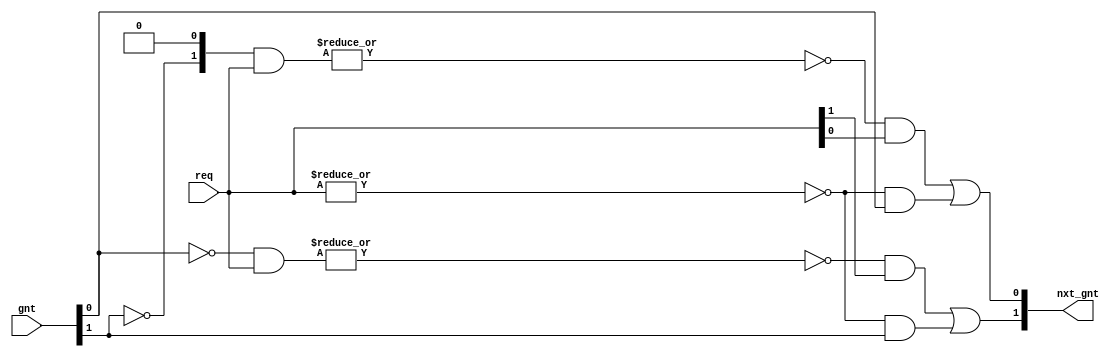
/* Copyright (c) 2013 by the author(s)
 *
 * Permission is hereby granted, free of charge, to any person obtaining a copy
 * of this software and associated documentation files (the "Software"), to deal
 * in the Software without restriction, including without limitation the rights
 * to use, copy, modify, merge, publish, distribute, sublicense, and/or sell
 * copies of the Software, and to permit persons to whom the Software is
 * furnished to do so, subject to the following conditions:
 *
 * The above copyright notice and this permission notice shall be included in
 * all copies or substantial portions of the Software.
 *
 * THE SOFTWARE IS PROVIDED "AS IS", WITHOUT WARRANTY OF ANY KIND, EXPRESS OR
 * IMPLIED, INCLUDING BUT NOT LIMITED TO THE WARRANTIES OF MERCHANTABILITY,
 * FITNESS FOR A PARTICULAR PURPOSE AND NONINFRINGEMENT. IN NO EVENT SHALL THE
 * AUTHORS OR COPYRIGHT HOLDERS BE LIABLE FOR ANY CLAIM, DAMAGES OR OTHER
 * LIABILITY, WHETHER IN AN ACTION OF CONTRACT, TORT OR OTHERWISE, ARISING FROM,
 * OUT OF OR IN CONNECTION WITH THE SOFTWARE OR THE USE OR OTHER DEALINGS IN
 * THE SOFTWARE.
 *
 * =============================================================================
 *
 * This is a round-robin arbiter for N participants, which is a
 * parameter. The arbiter itself contains no register but is purely
 * combinational which allows for various use cases. It simply
 * calculates the next grant (nxt_gnt) based on the current grant
 * (gnt) and the requests (req).
 *
 * That means, the gnt should in general be a register and especially
 * there must be no combinational path from nxt_gnt to gnt!
 *
 * The normal usage is something like registering the gnt from
 * nxt_gnt. Furthermore it is important that the gnt has an initial
 * value which also must be one hot!
 *
 * Author(s):
 *   Stefan Wallentowitz <stefan.wallentowitz@tum.de>
 */

module wb_interconnect_arb_rr(/*AUTOARG*/
   // Outputs
   nxt_gnt,
   // Inputs
   req, gnt
   );

   /* User parameters */
   // Number of participants
   parameter N = 2;

   /* Ports */
   // Request
   input [N-1:0] req;
   // Current grant
   input [N-1:0] gnt;
   // Next grant
   output [N-1:0] nxt_gnt;

   // Sanity check
   // synthesis translate_off
   //always @(*)
   //  if (~^gnt)
   //    $fatal("signal <gnt> must always be one hot!");
   // synthesis translate_on
     
   
   // At a first glance, the computation of the nxt_gnt signal looks
   // strange, but the principle is easy:
   //
   //  * For each participant we compute a mask of width N. Based on
   //    the current gnt signal the mask contains a 1 at the position
   //    of other participants that will be served in round robin
   //    before the participant in case they request it.
   //
   //  * The mask is 0 on all positions for the participant "left" of
   //    the currently granted participant as no other has precedence
   //    over this one. The mask has all one except the participant
   //    itself for the currently arbitrated participant.
   //
   //  * From the mask and the request the nxt_gnt is calculated,
   //    roughly said as: if there is no other participant which has a
   //    higher precedence that also requests, the participant gets
   //    granted.
   //
   // Example 1:
   //  req     = 1010
   //  gnt     = 1000
   //  nxt_gnt = 0010
   //
   //  mask[0] = 0000
   //  mask[1] = 0001
   //  mask[2] = 0011
   //  mask[3] = 0111
   //   
   // Example 2:
   //  req     = 1010
   //  gnt     = 0100
   //  nxt_gnt = 1000
   //
   //  mask[0] = 1000
   //  mask[1] = 1001
   //  mask[2] = 1011
   //  mask[3] = 0000

   // Mask net
   reg [N-1:0]      mask [0:N-1];
   
   // Calculate the mask
   always @(*) begin : calc_mask
      integer            i,j;
      for (i=0;i<N;i=i+1) begin
         // Initialize mask as 0
         mask[i] = {N{1'b0}};

         // All participants to the "right" up to the current grant
         // holder have precendence and therefore a 1 in the mask.
         // First check if the next right from us has the grant.
         // Afterwards the mask is calculated iteratively based on
         // this.
         if(i>0)
           // For i=N:1 the next right is i-1
           mask[i][i-1] = ~gnt[i-1];
         else
           // For i=0 the next right is N-1
           mask[i][N-1] = ~gnt[N-1];

         // Now the mask contains a 1 when the next right to us is not
         // the grant holder. If it is the grant holder that means,
         // that we are the next served (if necessary) as no other has
         // higher precendence, which is then calculated in the
         // following by filling up 1s up to the grant holder. To stop
         // filling up there and not fill up any after this is
         // iterative by always checking if the one before was not
         // before the grant holder.
         for (j=2;j<N;j=j+1) begin
            if (i-j>=0)
              mask[i][i-j] = mask[i][i-j+1] & ~gnt[i-j];
            else if(i-j+1>=0)
              mask[i][i-j+N] = mask[i][i-j+1] & ~gnt[i-j+N];
            else
              mask[i][i-j+N] = mask[i][i-j+N+1] & ~gnt[i-j+N];
         end
      end
   end // always @ (*)

   // Calculate the nxt_gnt
   genvar k;
   generate
      for (k=0;k<N;k=k+1) begin : gen_nxt_gnt
         // (mask[k] & req) masks all requests with higher precendence
         // Example 1: 0: 0000  1: 0000  2: 0010  3: 0010
         // Example 2: 0: 1000  1: 1000  2: 1010  3: 0000
         //
         // ~|(mask[k] & req) is there is none of them
         // Example 1: 0: 1  1: 1  2: 0  3: 0
         // Example 2: 1: 0  1: 0  2: 0  3: 1
         //
         // One might expect at this point that there was only one of
         // them that matches, but this is guaranteed by the last part
         // that is checking if this one has a request itself. In
         // example 1, k=0 does not have a request, if it had, the
         // result of the previous calculation would be 0 for k=1.
         // Therefore: (~|(mask[k] & req) & req[k]) selects the next one.
         // Example 1: 0: 0  1: 1  2: 0  3: 0
         // Example 2: 0: 0  1: 0  2: 0  3: 1
         //
         // This is already the result. (0010 and 1000). Nevertheless,
         // it is necessary to capture the case of no request at all
         // (~|req). In that case, nxt_gnt would be 0, what iself
         // leads to a problem in the next cycle (always grants).
         // Therefore the current gnt is hold in case of no request by
         // (~|req & gnt[k]).
         
         assign nxt_gnt[k] = (~|(mask[k] & req) & req[k]) | (~|req & gnt[k]);
      end
   endgenerate
endmodule // wb_interconnect_arb_rr